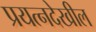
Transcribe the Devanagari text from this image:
प्रयत्नदेखील